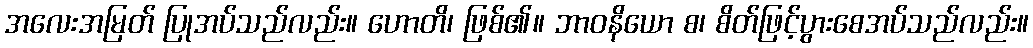
အလေးအမြတ် ပြုအပ်သည်လည်း။ ဟောတိ၊ ဖြစ်၏။ ဘာဝနိယော စ၊ စိတ်ဖြင့်ပွားစေအပ်သည်လည်း။